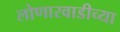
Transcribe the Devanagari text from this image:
लोणारवाडीच्या